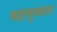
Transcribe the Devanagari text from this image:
महामुळतात